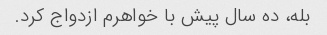
بله، ده سال پیش با خواهرم ازدواج کرد.